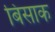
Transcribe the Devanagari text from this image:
बिसाक